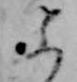
ふ